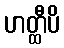
ဟတ္ထီပိ